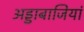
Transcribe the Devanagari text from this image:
अड्डाबाजियां